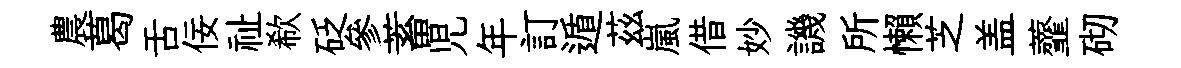
農葛舌佞祉欷砭參蓄児年訂遁茲嵐借妙譏所懶芝盖虀砌